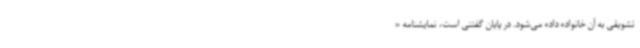
تشویقی به آن خانواده داده می‌شود. در پایان گفتنی است، نمایشنامه «